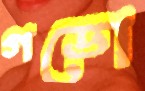
গডো